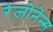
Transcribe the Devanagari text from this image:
रेजोनेन्स